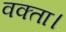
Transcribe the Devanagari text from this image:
वक्ता।